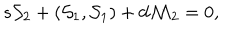
LaTeX: s { \cal S } _ { 2 } + ( { \cal S } _ { 1 } , { \cal S } _ { 1 } ) + d { \cal M } _ { 2 } = 0 ,